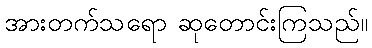
အားတက်သရော ဆုတောင်းကြသည်။